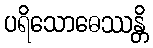
ပရိသောဓေဿန္တိ